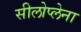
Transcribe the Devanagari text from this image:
सीलोप्लेना